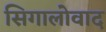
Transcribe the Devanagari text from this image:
सिगालोवाद